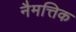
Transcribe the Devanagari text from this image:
नैमत्तिक